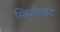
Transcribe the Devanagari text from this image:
स्किलेराइट